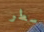
سطر